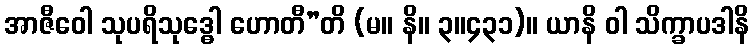
အာဇီဝေါ သုပရိသုဒ္ဓေါ ဟောတီ”တိ (မ။ နိ။ ၃။၄၃၁)။ ယာနိ ဝါ သိက္ခာပဒါနိ